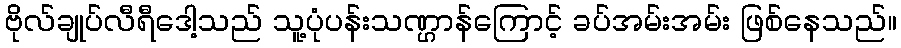
ဗိုလ်ချုပ်လီရီဒေါ့သည် သူ့ပုံပန်းသဏ္ဌာန်ကြောင့် ခပ်အမ်းအမ်း ဖြစ်နေသည်။